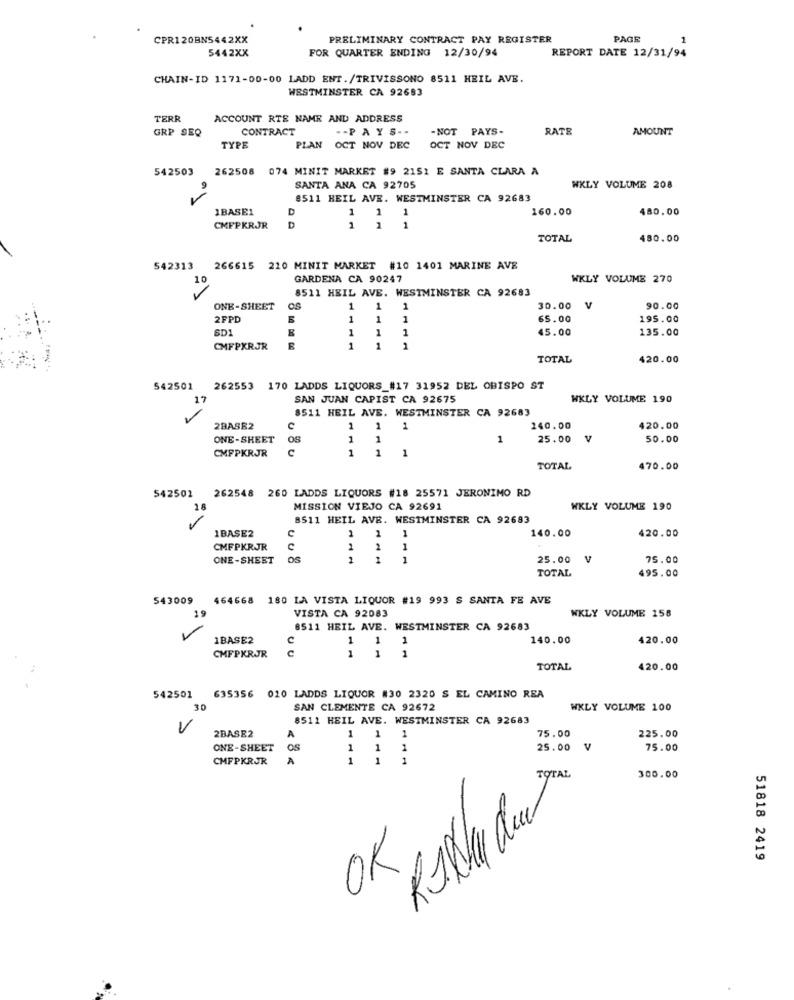
CPR120BN5442XX
PRELIMINARY CONTRACT PAY REGISTER
PAGE
5442XX
FOR QUARTER ENDING 12/30/94
REPORT DATE 12/31/94
CHAIN-ID 1171-00-00 LADD ENT./TRIVISSONO 8511 HEIL AVE.
WESTMINSTER CA 92683
TERR
ACCOUNT RTE NAME AND ADDRESS
GRP SEQ
CONTRACT
-- PAYS --
- NOT
PAYS-
RATE
AMOUNT
TYPE
PLAN
PLAN OCT NOV DEC
OCT NOV DEC
542503
262508 074 MINIT MARKET #9 2151 E SANTA CLARA A
SANTA ANA CA 92705
WKLY VOLUME 208
8511 HEIL AVE. WESTMINSTER CA 92683
1BASE1
D
1
1
1
160.00
480.00
CMFPKRJR
D
1
1
TOTAL
480.00
542313
266615 210 MINIT MARKET #10 1401 MARINE AVE
10
GARDENA CA 90247
WKLY VOLUME 270
8511 HEIL AVE. WESTMINSTER CA 92683
ONE-SHEET
1
1
30.00
V
90.00
2FPD
1
1
1
65.00
195.00
SD1
1
45.00
135.00
1
CMFPXRJR
F
1
1
1
TOTAL
420.00
542501 262553 170 LADDS LIQUORS_#17 31952 DEL OBISPO ST
17
SAN JUAN CAPIST CA 92675
WKLY VOLUME 190
8511 HEIL AVE. WESTMINSTER CA 92683
2BASE2
C
1
1
1
240.00
420.00
ONE-SHEET
0S
1
1
1
25.00
50.00
C
1
1
1
CMFPKRJR
TOTAL
470.00
262548 260 LADDS LIQUORS #18 25571 JERONIMO RD
542502
16
MISSION VIEJO CA 92691
WKLY VOLUME 190
8511 HEIL AVE. WESTMINSTER CA 92683
1BASE2
1
140.00
420.00
C
1
1
CMFPKRJR
2
2
1
ONE -SHEET
OS
1
1
25.00 V
75.00
TOTAL
495.00
543009
464668 180 LA VISTA LIQUOR #19 993 S SANTA FE AVE
WKLY VOLUME 158
19
VISTA CA 92083
8511 HEIL AVE. WESTMINSTER CA 92683
1BASE2
c
1
1
140.00
420.00
c
1
1
1
CMFPKRJR
TOTAL
420.00
542501
635356 020 LADDS LIQUOR #30 2320 S EL CAMINO REA
30
SAN CLEMENTE CA 92672
WKLY VOLUME 100
8511 HEIL AVE. WESTMINSTER CA 92683
1
1
2BASE2
A
1
75.00
225.00
ONE-SHEET
OS
1
1
1
25.00
V
75.00
CMFPKRJR
A
1
1
1
TOTAL
300.00
OK
51818 2419